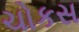
ચોકસ